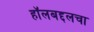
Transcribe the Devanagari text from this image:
हॉलबद्दलचा